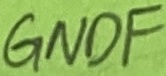
Text: GNDF